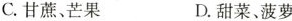
C.甘蔗、芒果 D.甜菜、菠萝